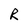
Character: R